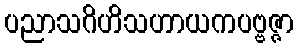
ပညာသဂိဟိသဟာယကပဗ္ဗဇ္ဇာ